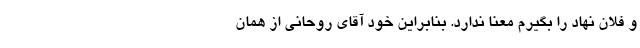
و فلان نهاد را بگیرم معنا ندارد. بنابراین خود آقای روحانی از همان